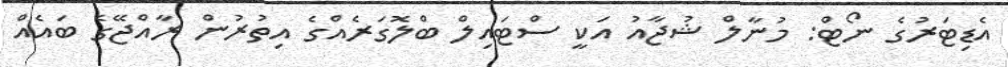
އެޑިޓަރުގެ ނޯޓް: މުނާލް ޝުޖާއު އަކީ ސްޓައިލް ބްލޮގަރެއްގެ އިތުރުން ރާއްޖޭގެ ބައެއް